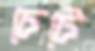
চেটে